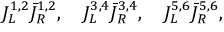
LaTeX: J _ { L } ^ { 1 , 2 } { \bar { J } } _ { R } ^ { 1 , 2 } , \quad J _ { L } ^ { 3 , 4 } { \bar { J } } _ { R } ^ { 3 , 4 } , \quad J _ { L } ^ { 5 , 6 } { \bar { J } } _ { R } ^ { 5 , 6 } ,